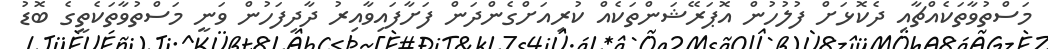
މަސްތުވާތަކެއްޗާއި ދެކޮޅަށް ފުލުހުން އޮޕަރޭޝަންތަކެއް ކުރިއަށްގެންދަން ފަށާފައިވާއިރު ދާދިފަހުން ވަނީ މަސްތުވާތަކެތީގެ ބޮޑު